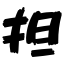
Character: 担